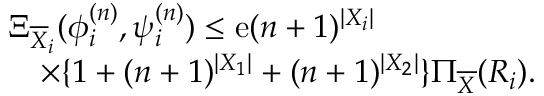
\begin{array} { r l } & { \Xi _ { \overline { { X } } _ { i } } ( \phi _ { i } ^ { ( n ) } , \psi _ { i } ^ { ( n ) } ) \leq \mathrm { e } ( n + 1 ) ^ { | { \cal X } _ { i } | } } \\ & { \quad \times \{ 1 + ( n + 1 ) ^ { | { \cal X } _ { 1 } | } + ( n + 1 ) ^ { | { \cal X } _ { 2 } | } \} \Pi _ { \overline { { X } } } ( R _ { i } ) . } \end{array}